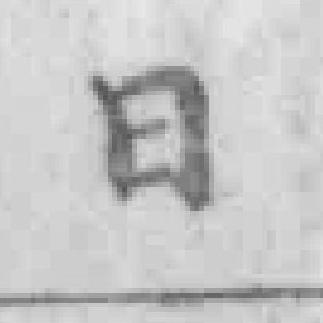
日